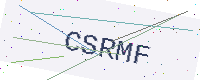
Text: CSRMF